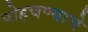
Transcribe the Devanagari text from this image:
पोहचण्याचे